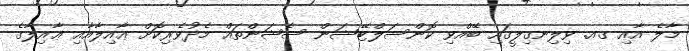
މާލެ އާއި ގއ. ވިލިނގިލީގައި ބޭއްވި ކޮންސަލްޓޭޝަން ސެޝަންތައް މެދުވެރިކޮށް ޢާއިލާއާއި ޢާއިލާގެ